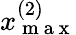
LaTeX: x_{\mathrm{~m~a~x~}}^{(2)}